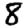
Digit: 8